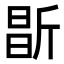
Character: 㫀